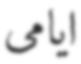
ايامى